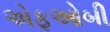
એફઓબી